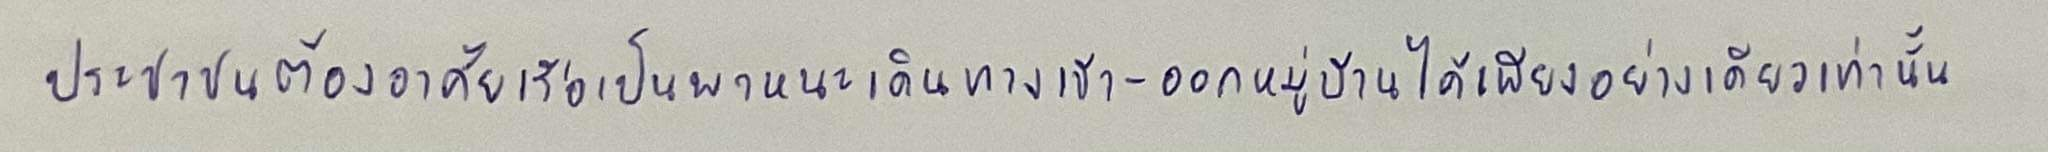
ประชาชนต้องอาศัยเรือเป็นพาหนะเดินทางเข้า-ออกหมู่บ้านได้เพียงอย่างเดียวเท่านั้น